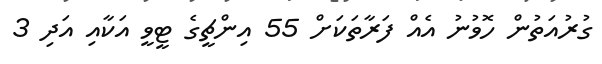
ގުރުއަތުން ހޮވުނު އެއް ފަރާތަކަށް 55 އިންޗީގެ ޓީވީ އަކާއި އަދި 3